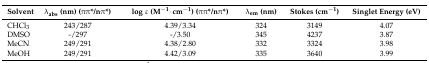
| Solvent | λabs (nm) (ππ*/nπ*) | log ε (M−1·cm−1) (ππ*/nπ*) | λem (nm) | Stokes (cm−1) | Singlet Energy (eV) |
 | --- | --- | --- | --- | --- | --- |
 | CHCl3 | 243/287 | 4.39/3.34 | 324 | 3149 | 4.07 |
 | DMSO | -/297 | -/3.50 | 345 | 4237 | 3.87 |
 | MeCN | 249/291 | 4.38/2.80 | 332 | 3324 | 3.98 |
 | MeOH | 249/291 | 4.42/3.09 | 335 | 3640 | 3.99 |